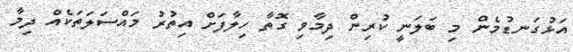
އަޅުގަނޑުމެން މި ބަލަނީ ކުރިން ދިމާވި ގޮތާ ހިލާފަށް އިތުރު މައްސަލަތަކެއް ދިމާ